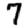
Digit: 7